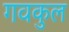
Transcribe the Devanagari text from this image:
गवकुल